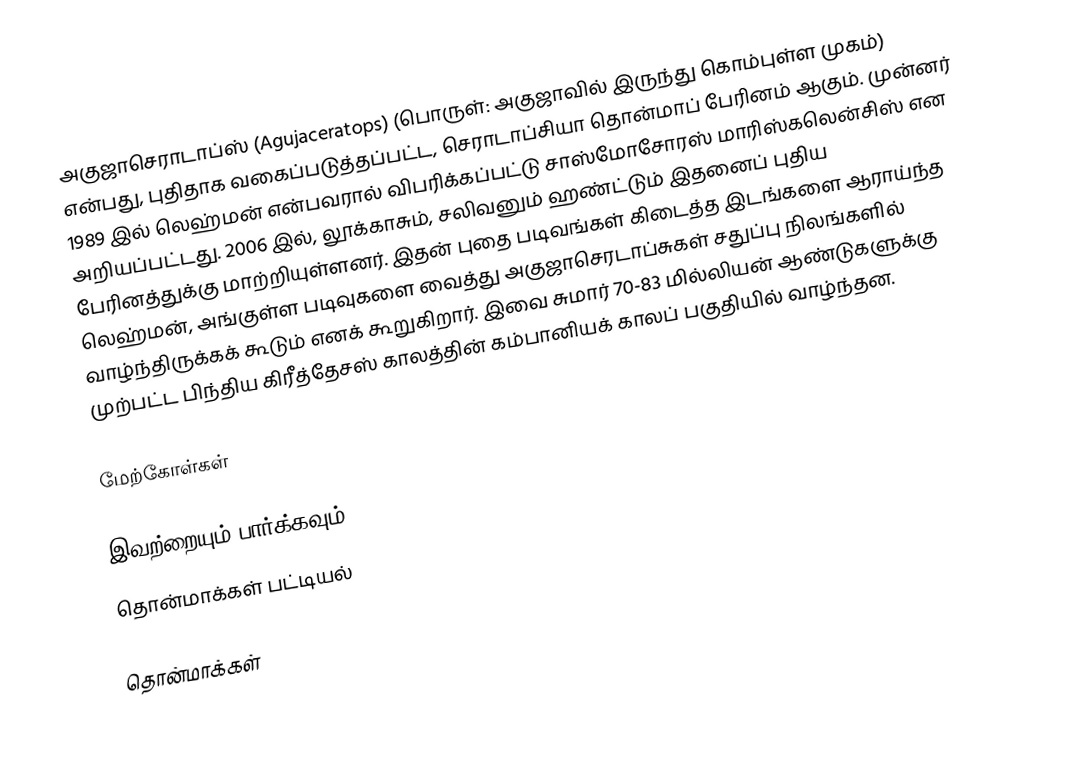
அகுஜாசெராடாப்ஸ் (Agujaceratops) (பொருள்: அகுஜாவில் இருந்து கொம்புள்ள முகம்) என்பது, புதிதாக வகைப்படுத்தப்பட்ட, செராடாப்சியா தொன்மாப் பேரினம் ஆகும். முன்னர் 1989 இல் லெஹ்மன் என்பவரால் விபரிக்கப்பட்டு சாஸ்மோசோரஸ் மாரிஸ்கலென்சிஸ் என அறியப்பட்டது. 2006 இல், லூக்காசும், சலிவனும் ஹண்ட்டும் இதனைப் புதிய பேரினத்துக்கு மாற்றியுள்ளனர். இதன் புதை படிவங்கள் கிடைத்த இடங்களை ஆராய்ந்த லெஹ்மன், அங்குள்ள படிவுகளை வைத்து அகுஜாசெரடாப்சுகள் சதுப்பு நிலங்களில் வாழ்ந்திருக்கக் கூடும் எனக் கூறுகிறார். இவை சுமார் 70-83 மில்லியன் ஆண்டுகளுக்கு முற்பட்ட பிந்திய கிரீத்தேசஸ் காலத்தின் கம்பானியக் காலப் பகுதியில் வாழ்ந்தன.

மேற்கோள்கள்

இவற்றையும் பார்க்கவும்
 தொன்மாக்கள் பட்டியல்

தொன்மாக்கள்